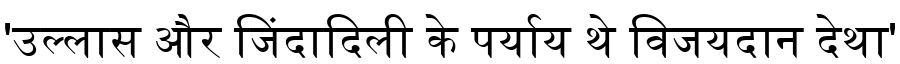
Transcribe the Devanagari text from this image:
'उल्लास और जिंदादिली के पर्याय थे विजयदान देथा'